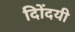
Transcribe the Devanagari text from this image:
दिोंदयी